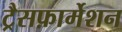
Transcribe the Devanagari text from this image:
ट्रैसफ़ार्मेशन